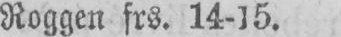
Roggen frs. 14-15.